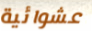
عشوائية